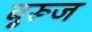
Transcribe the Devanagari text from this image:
बुूरूज